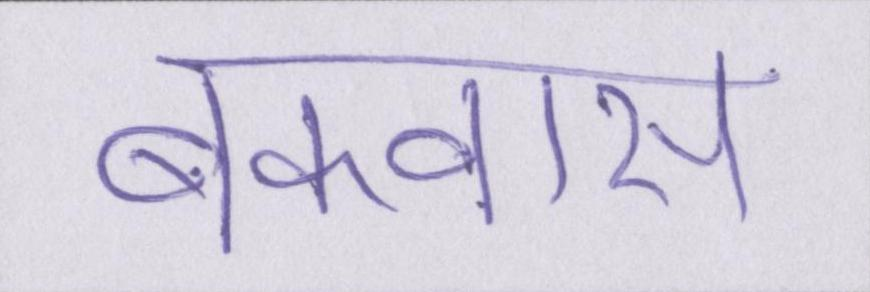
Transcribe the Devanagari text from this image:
बकवास